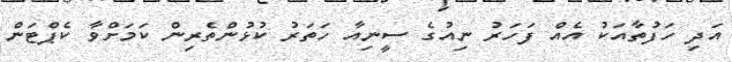
އަދި ހަފުތާއަކު އެއް ފަހަރު ނިއުގެ ސީނިއާ ހަތަރު ކުޅުންތެރިން ކަމަށްވާ ކެޕްޓަން